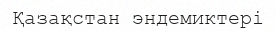
Қазақстан эндемиктері